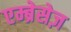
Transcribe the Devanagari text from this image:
एम्ब्रेसेज़